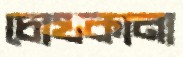
চোখকানা